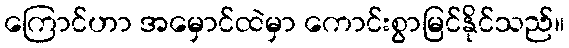
ကြောင်ဟာ အမှောင်ထဲမှာ ကောင်းစွာမြင်နိုင်သည်။